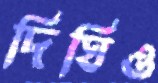
দিঘিও